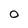
Character: 0